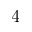
4